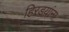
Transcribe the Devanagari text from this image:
हिरडय़ांना